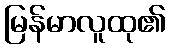
မြန်မာလူထု၏